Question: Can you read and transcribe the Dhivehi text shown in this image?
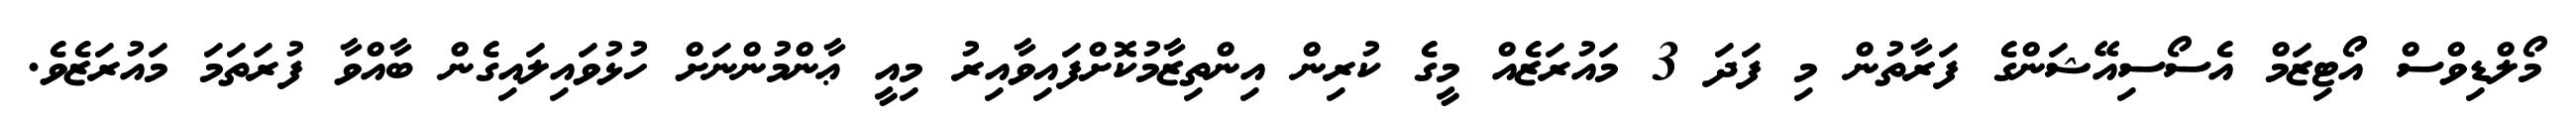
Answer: މޯލްޑިވްސް އޯޓިޒަމް އެސޯސިއޭޝަންގެ ފަރާތުން މި ފަދަ 3 މައުރަޒެއް މީގެ ކުރިން އިންތިޒާމުކޮށްފައިވާއިރު މިއީ ޢާންމުންނަށް ހުޅުވައިލައިގެން ބާއްވާ ފުރަތަމަ މައުރަޒެވެ.